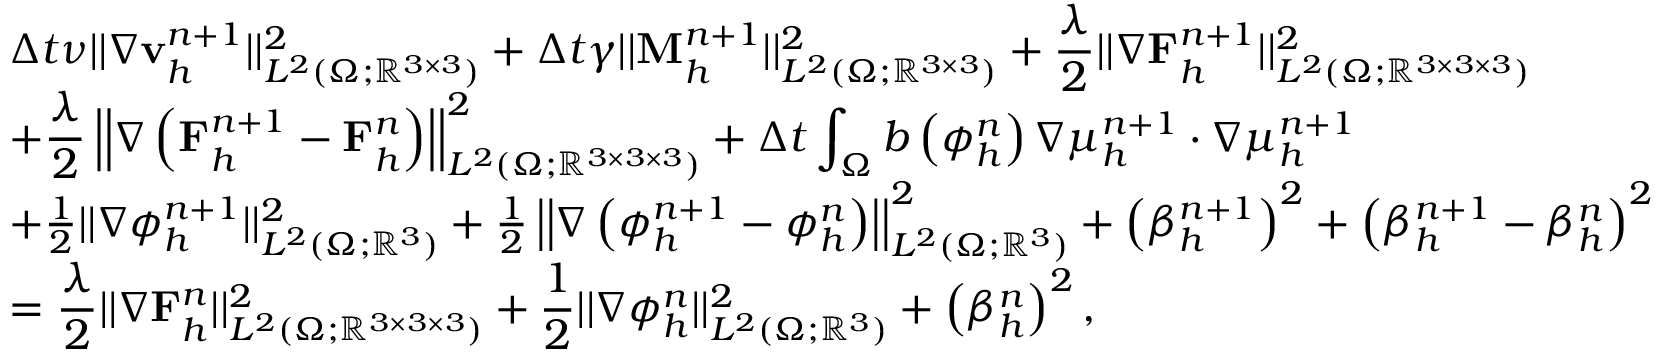
\begin{array} { r l } & { \displaystyle \Delta t \nu | | \nabla \mathbf { v } _ { h } ^ { n + 1 } | | _ { L ^ { 2 } ( \Omega ; \mathbb { R } ^ { 3 \times 3 } ) } ^ { 2 } + \Delta t \gamma | | \mathbf { M } _ { h } ^ { n + 1 } | | _ { L ^ { 2 } ( \Omega ; \mathbb { R } ^ { 3 \times 3 } ) } ^ { 2 } + \frac { \lambda } { 2 } | | \nabla \mathbf { F } _ { h } ^ { n + 1 } | | _ { L ^ { 2 } ( \Omega ; \mathbb { R } ^ { 3 \times 3 \times 3 } ) } ^ { 2 } } \\ & { \displaystyle + \frac { \lambda } { 2 } \left| \left| \nabla \left( \mathbf { F } _ { h } ^ { n + 1 } - \mathbf { F } _ { h } ^ { n } \right) \right| \right| _ { L ^ { 2 } ( \Omega ; \mathbb { R } ^ { 3 \times 3 \times 3 } ) } ^ { 2 } + \Delta t \int _ { \Omega } b \left( \phi _ { h } ^ { n } \right) \nabla \mu _ { h } ^ { n + 1 } \cdot \nabla \mu _ { h } ^ { n + 1 } } \\ & { + \frac { 1 } { 2 } | | \nabla \phi _ { h } ^ { n + 1 } | | _ { L ^ { 2 } ( \Omega ; \mathbb { R } ^ { 3 } ) } ^ { 2 } + \frac { 1 } { 2 } \left| \left| \nabla \left( \phi _ { h } ^ { n + 1 } - \phi _ { h } ^ { n } \right) \right| \right| _ { L ^ { 2 } ( \Omega ; \mathbb { R } ^ { 3 } ) } ^ { 2 } + \left( \beta _ { h } ^ { n + 1 } \right) ^ { 2 } + \left( \beta _ { h } ^ { n + 1 } - \beta _ { h } ^ { n } \right) ^ { 2 } } \\ & { \displaystyle = \frac { \lambda } { 2 } | | \nabla \mathbf { F } _ { h } ^ { n } | | _ { L ^ { 2 } ( \Omega ; \mathbb { R } ^ { 3 \times 3 \times 3 } ) } ^ { 2 } + \frac { 1 } { 2 } | | \nabla \phi _ { h } ^ { n } | | _ { L ^ { 2 } ( \Omega ; \mathbb { R } ^ { 3 } ) } ^ { 2 } + \left( \beta _ { h } ^ { n } \right) ^ { 2 } , } \end{array}